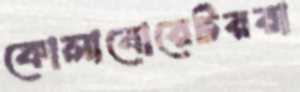
কোলাবোরেটররা